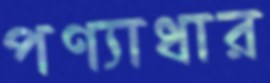
পণ্যাধার